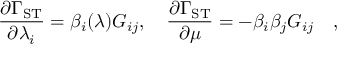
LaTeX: { \frac { \partial \Gamma _ { \mathrm { S T } } } { \partial \lambda _ { i } } } = \beta _ { i } ( \lambda ) G _ { i j } , \quad { \frac { \partial \Gamma _ { \mathrm { S T } } } { \partial \mu } } = - \beta _ { i } \beta _ { j } G _ { i j } \quad ,